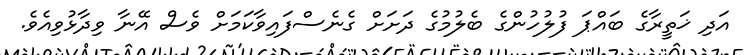
އަދި ޚަތީރާގެ ބައްޕަ ފުލުހުންގެ ބެލުމުގެ ދަށަށް ގެނެސްފައިވާކަމަށް ވެސް އޭނާ ވިދާޅުވިއެވެ.